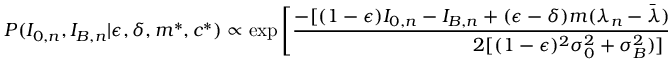
P ( I _ { 0 , n } , I _ { B , n } | \epsilon , \delta , m ^ { * } , c ^ { * } ) \propto \exp \left[ \frac { - [ ( 1 - \epsilon ) I _ { 0 , n } - I _ { B , n } + ( \epsilon - \delta ) m ( \lambda _ { n } - \bar { \lambda } ) + ( \epsilon - \delta ) b + \epsilon C ] ^ { 2 } } { 2 [ ( 1 - \epsilon ) ^ { 2 } \sigma _ { 0 } ^ { 2 } + \sigma _ { B } ^ { 2 } ) ] } \right]